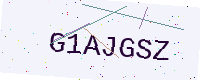
Text: G1AJGSZ